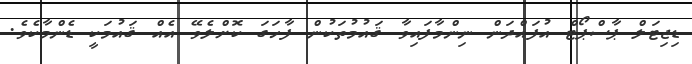
ޑިޖިޓަލް ޕާސްޕޯޓް އުފައްދަން ނިންމާފައިވާ ޤައުމުތަކުން ފާހަގަ ކޮށްލެވޭ އެއް ޤައުމަކީ ޑެންމާކެވެ.